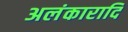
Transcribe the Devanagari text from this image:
अलंकारादि